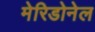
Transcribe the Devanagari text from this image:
मेरिडोनेल